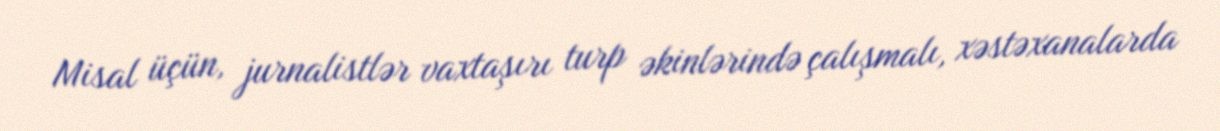
Misal üçün, jurnalistlər vaxtaşırı turp əkinlərində çalışmalı, xəstəxanalarda